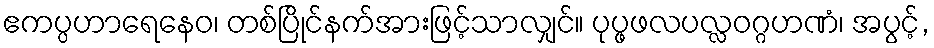
ဧကပ္ပဟာရေနေဝ၊ တစ်ပြိုင်နက်အားဖြင့်သာလျှင်။ ပုပ္ဖဖလပလ္လဝဂ္ဂဟဏံ၊ အပွင့်,